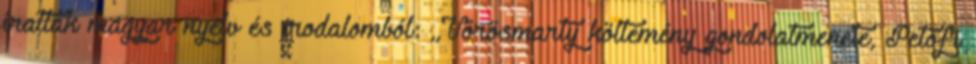
írattak magyar nyelv és irodalomból: ,,Vörösmarty költemény gondolatmenete, Petőfi